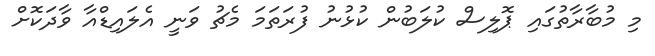
މި މުބާރާތުގައި ޕޮލިސް ކުލަބުން ކުޅުނު ފުރަތަމަ މެޗު ވަނީ އެލައިޑްއާ ވާދަކޮށް